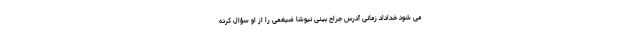
می شود خداداد زمانی آدرس جراح بینی نیوشا ضیغمی را از او سؤال کرده